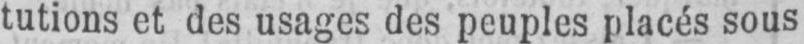
tutions et des usages des peuples placés sous